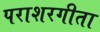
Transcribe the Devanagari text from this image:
पराशरगीता